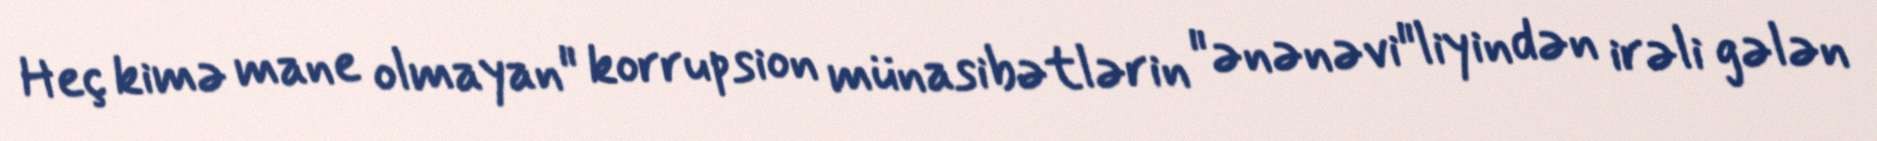
Heç kimə mane olmayan" korrupsion münasibətlərin "ənənəvi"liyindən irəli gələn